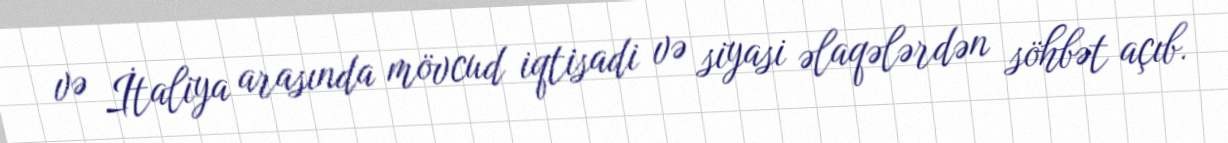
və İtaliya arasında mövcud iqtisadi və siyasi əlaqələrdən söhbət açıb.